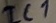
Text: IC1